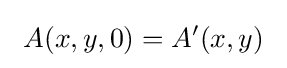
\ A(x,y,0)=A'(x,y)\